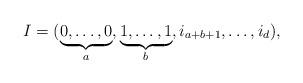
LaTeX: \begin{align*}I=(\underbrace{0,\dots,0}_{a},\underbrace{1,\dots,1}_{b },i_{a+b+1},\dots,i_d),\end{align*}